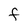
Character: F